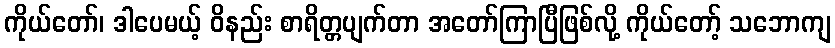
ကိုယ်တော်၊ ဒါပေမယ့် ဝိနည်း စာရိတ္တပျက်တာ အတော်ကြာပြီဖြစ်လို့ ကိုယ်တော့် သဘောကျ